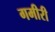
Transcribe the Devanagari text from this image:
गमीरी